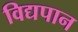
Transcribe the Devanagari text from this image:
विद्यपान